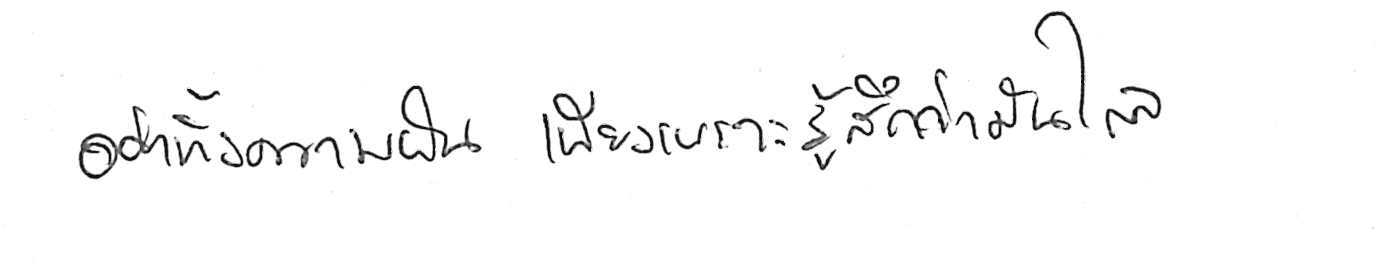
อย่าทิ้งความฝัน เพียงเพราะรู้สึกว่ามันไกล